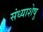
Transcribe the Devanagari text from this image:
संध्याशेषु